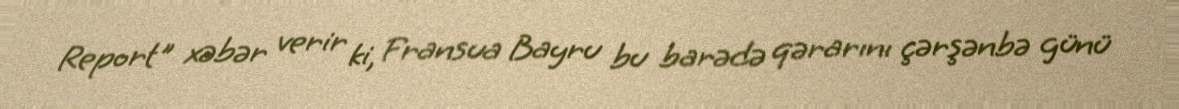
Report" xəbər verir ki, Fransua Bayru bu barədə qərarını çərşənbə günü